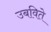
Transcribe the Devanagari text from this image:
उबविते